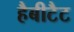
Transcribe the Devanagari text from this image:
हैबीटैट